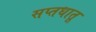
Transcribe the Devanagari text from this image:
सप्तधातू